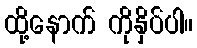
ထို့နောက် ကိုနှိပ်ပါ။